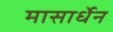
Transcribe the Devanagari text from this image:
मासार्धेन